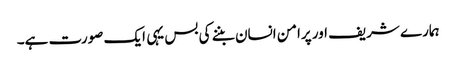
ہمارے شریف اور پرامن انسان بننے کی بس یہی ایک صورت ہے۔